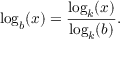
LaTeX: \log _ { b } ( x ) = { \frac { \log _ { k } ( x ) } { \log _ { k } ( b ) } } .